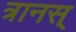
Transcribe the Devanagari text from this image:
त्रानस्